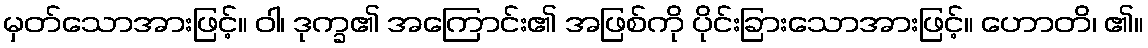
မှတ်သောအားဖြင့်။ ဝါ၊ ဒုက္ခ၏ အကြောင်း၏ အဖြစ်ကို ပိုင်းခြားသောအားဖြင့်။ ဟောတိ၊ ၏။